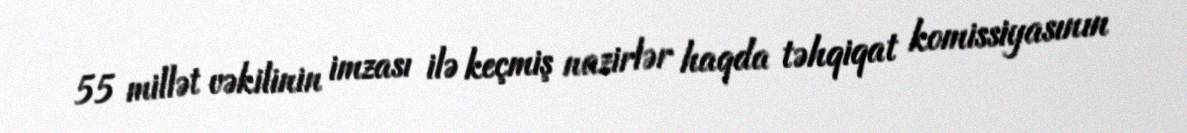
55 millət vəkilinin imzası ilə keçmiş nazirlər haqda təhqiqat komissiyasının